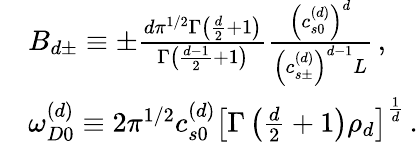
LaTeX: \begin{array}{rl}&{B_{d\pm}\equiv\pm\frac{d\pi^{1/2}\Gamma\left(\frac{d}{2}+1\right)}{\Gamma\left(\frac{d-1}{2}+1\right)}\frac{\left(c_{s0}^{\left(d\right)}\right)^{d}}{\left(c_{s\pm}^{\left(d\right)}\right)^{d-1}L}\, ,}\\ &{\omega_{D0}^{\left(d\right)}\equiv 2\pi^{1/2}c_{s0}^{\left(d\right)}\left[\Gamma\left(\frac{d}{2}+1\right)\rho_{d}\right]^{\frac{1}{d}}\, .}\end{array}